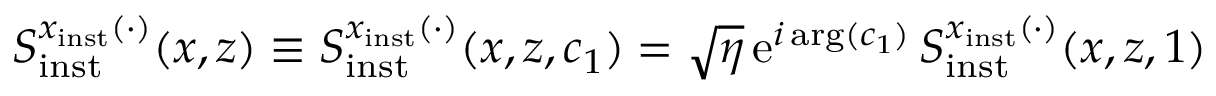
S _ { \mathrm { i n s t } } ^ { x _ { \mathrm { i n s t } } ( \cdot ) } ( x , z ) \equiv S _ { \mathrm { i n s t } } ^ { x _ { \mathrm { i n s t } } ( \cdot ) } ( x , z , c _ { 1 } ) = \sqrt { \eta } \, \mathrm { e } ^ { i \arg ( c _ { 1 } ) } \, S _ { \mathrm { i n s t } } ^ { x _ { \mathrm { i n s t } } ( \cdot ) } ( x , z , 1 )